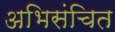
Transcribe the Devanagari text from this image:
अभिसंचित